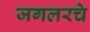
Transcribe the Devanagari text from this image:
जगलरचे